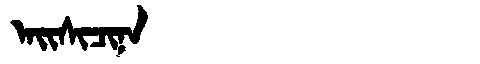
Manchu: ᠠᡳᠰᡳᠴᡳᠨᠠ
Romanization: AISICINA